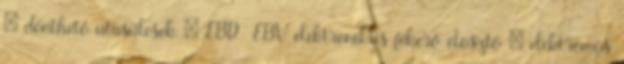
– dönthető utasülések – EBD EBV elektronikus fékerő-elosztó – elektromos